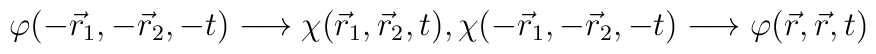
\varphi(-\vec{r}_{1},-\vec{r}_{2},-t)\longrightarrow\chi(\vec{r}_{1},\vec{r}_{2},t),\chi(-\vec{r}_{1},-\vec{r}_{2},-t)\longrightarrow\varphi(\vec{r},\vec{r},t)